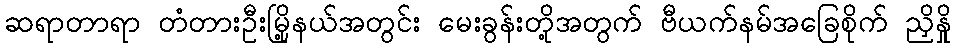
ဆရာတာရာ တံတားဦးမြို့နယ်အတွင်း မေးခွန်းတို့အတွက် ဗီယက်နမ်အခြေစိုက် ညှိနှို